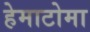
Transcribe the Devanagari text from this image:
हेमाटोमा